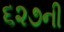
૬૨૭ની